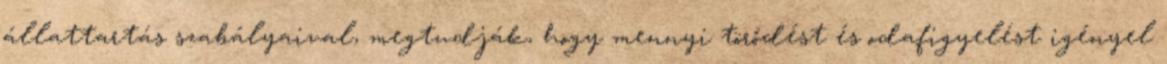
állattartás szabályaival, megtudják, hogy mennyi törődést és odafigyelést igényel